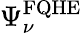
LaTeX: \Psi_{\nu}^{\mathrm{{FQHE}}}